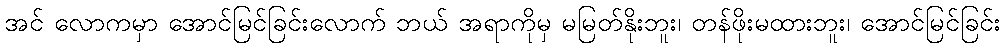
အင် လောကမှာ အောင်မြင်ခြင်းလောက် ဘယ် အရာကိုမှ မမြတ်နိုးဘူး၊ တန်ဖိုးမထားဘူး၊ အောင်မြင်ခြင်း